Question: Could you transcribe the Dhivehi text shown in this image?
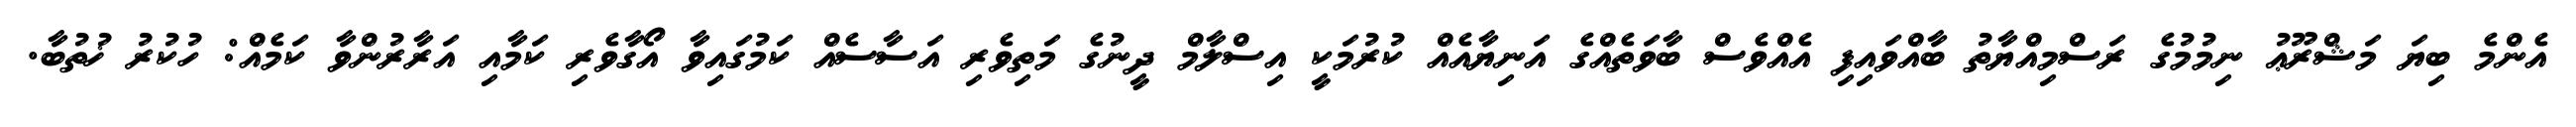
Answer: އެންމެ ބިޔަ މަޝްރޫޢު ނިމުމުގެ ރަސްމިއްޔާތު ބާއްވައިފި އެއްވެސް ބާވަތެއްގެ އަނިޔާއެއް ކުރުމަކީ އިސްލާމް ދީނުގެ މަތިވެރި އަސާސެއް ކަމުގައިވާ އޯގާވެރި ކަމާއި އަރާރުންވާ ކަމެއް: ހުކުރު ޚުތުބާ.